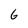
Character: 6